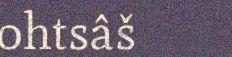
ohtsâš